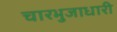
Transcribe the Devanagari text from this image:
चारभुजाधारी